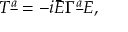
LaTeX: T ^ { \underline { { a } } } = - i \bar { E } \Gamma ^ { \underline { { a } } } E ,